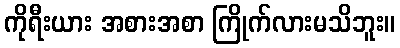
ကိုရီးယား အစားအစာ ကြိုက်လားမသိဘူး။